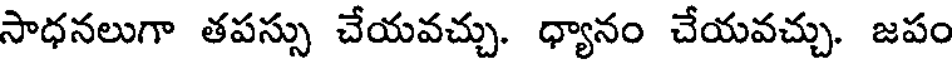
సాధనలుగా తపస్సు చేయవచ్చు. ధ్యానం చేయవచ్చు. జపం